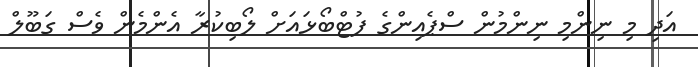
އަދި މި ނިންމި ނިންމުން ސްޕެއިންގެ ފުޓްބޯޅައަށް ލޯބިކުރާ އެންމެން ވެސް ގަބޫލް